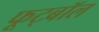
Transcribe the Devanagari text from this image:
फूट्बॉल